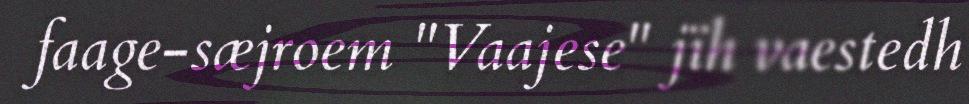
faage-sæjroem "Vaajese" jïh vaestedh